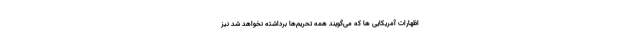
اظهارات آمریکایی ها که می‌گویند همه تحریم‌ها برداشته نخواهد شد نیز